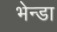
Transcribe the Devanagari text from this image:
भेन्डा